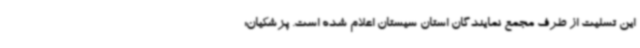
این تسلیت از طرف مجمع نمایندگان استان سیستان اعلام شده است. پزشکیان: